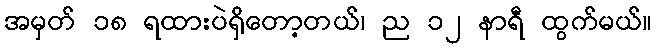
အမှတ် ၁၈ ရထားပဲရှိတော့တယ်၊ ည ၁၂ နာရီ ထွက်မယ်။